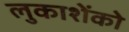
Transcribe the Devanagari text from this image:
लुकाशेंको